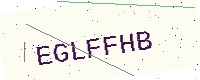
Text: EGLFFHB